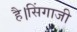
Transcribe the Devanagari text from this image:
है।सिंगाजी